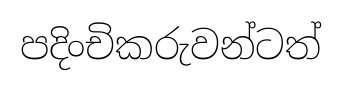
පදිංචිකරුවන්ටත්